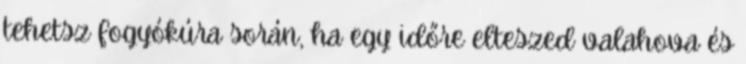
tehetsz fogyókúra során, ha egy időre elteszed valahova és